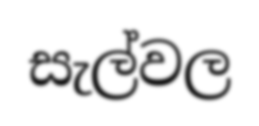
සැල්වල